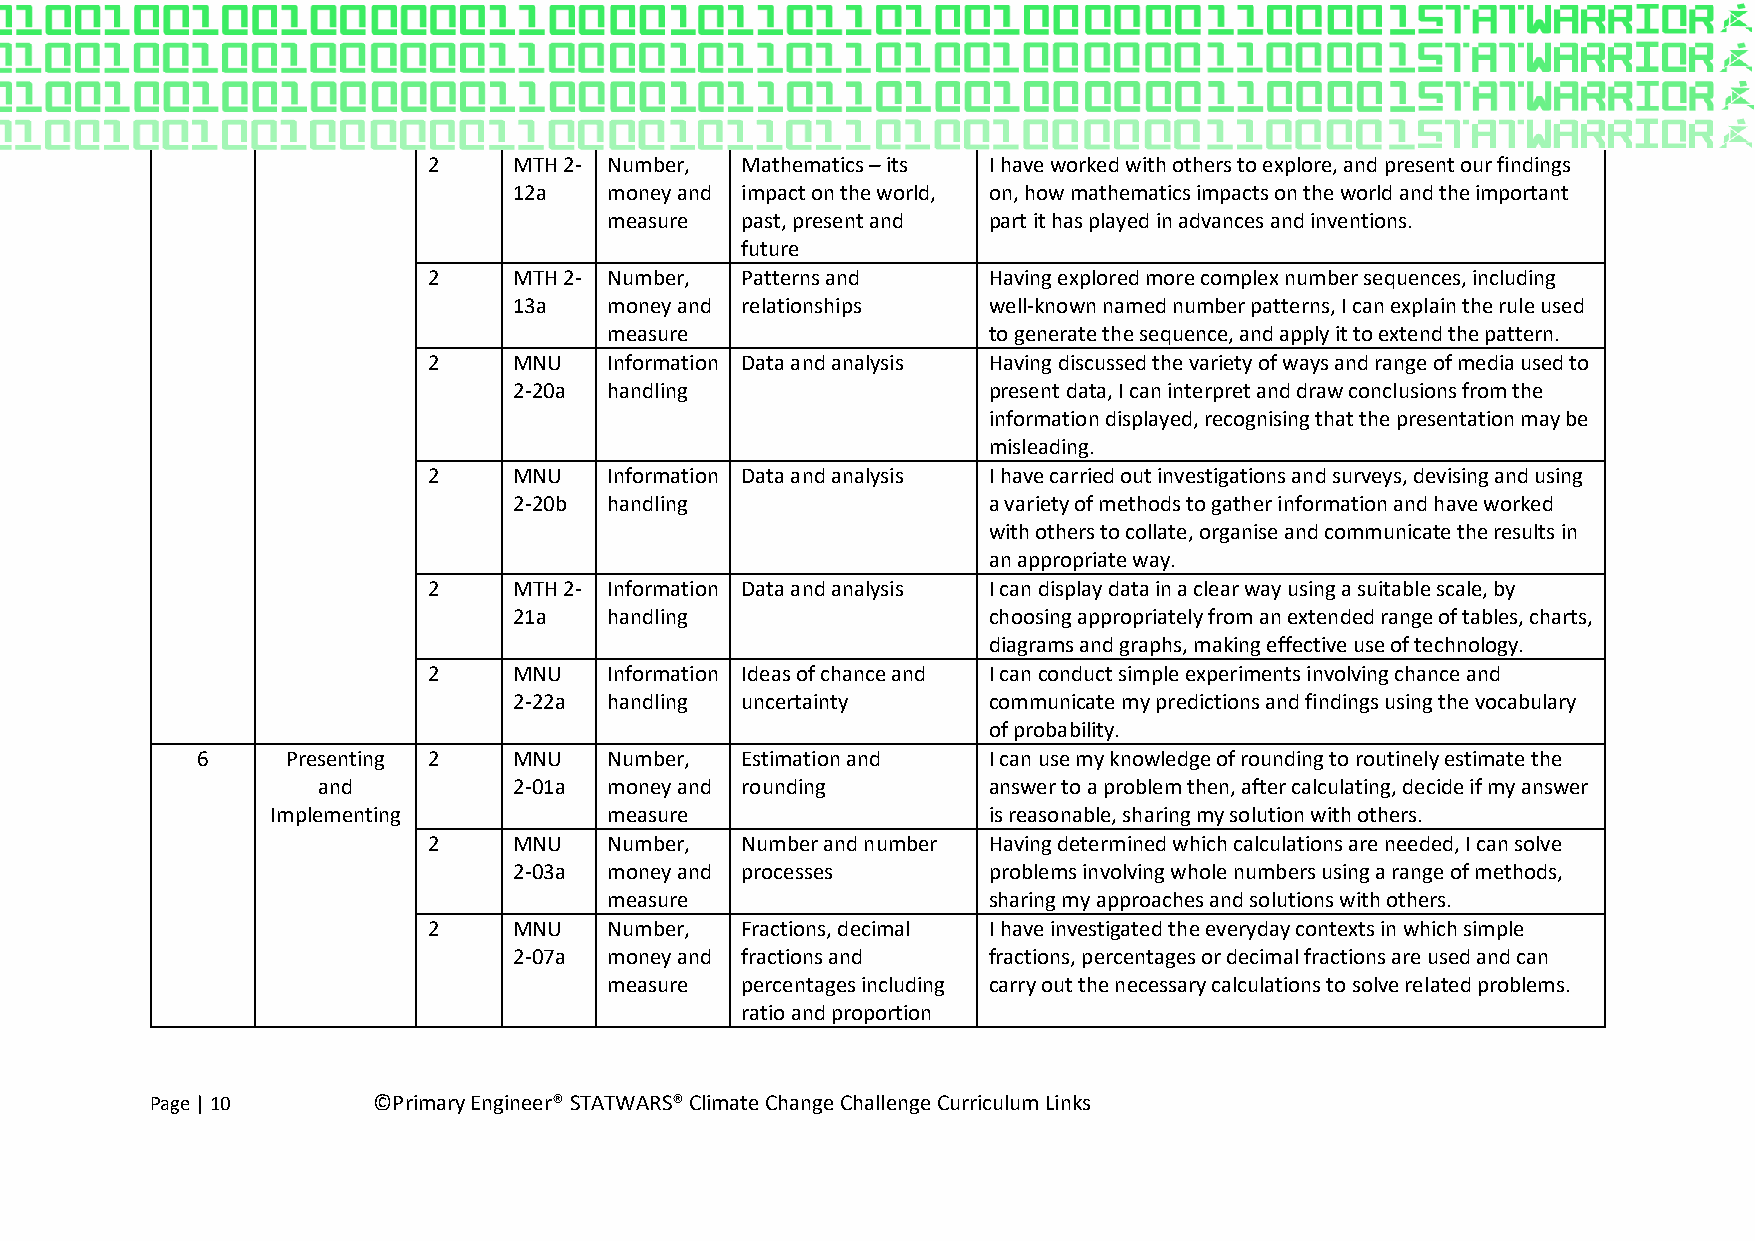
2     MTH 2- Number, Mathematics – its I have worked with others to explore, and present our findings
 12a   money and impact on the world, on, how mathematics impacts on the world and the important
 measure  past, present and part it has played in advances and inventions.
 future
 2     MTH 2- Number, Patterns and    Having explored more complex number sequences, including
 13a   money and relationships  well-known named number patterns, I can explain the rule used
 measure                  to generate the sequence, and apply it to extend the pattern.
 2     MNU   Information Data and analysis Having discussed the variety of ways and range of media used to
 2-20a handling                 present data, I can interpret and draw conclusions from the
 information displayed, recognising that the presentation may be
 misleading.
 2     MNU   Information Data and analysis I have carried out investigations and surveys, devising and using
 2-20b handling                 a variety of methods to gather information and have worked
 with others to collate, organise and communicate the results in
 an appropriate way.
 2     MTH 2- Information Data and analysis I can display data in a clear way using a suitable scale, by
 21a   handling                 choosing appropriately from an extended range of tables, charts,
 diagrams and graphs, making effective use of technology.
 2     MNU   Information Ideas of chance and I can conduct simple experiments involving chance and
 2-22a handling uncertainty     communicate my predictions and findings using the vocabulary
 of probability.
 6     Presenting 2   MNU   Number,  Estimation and  I can use my knowledge of rounding to routinely estimate the
 and          2-01a money and rounding       answer to a problem then, after calculating, decide if my answer
 Implementing          measure                  is reasonable, sharing my solution with others.
 2     MNU   Number,  Number and number Having determined which calculations are needed, I can solve
 2-03a money and processes      problems involving whole numbers using a range of methods,
 measure                  sharing my approaches and solutions with others.
 2     MNU   Number,  Fractions, decimal I have investigated the everyday contexts in which simple
 2-07a money and fractions and  fractions, percentages or decimal fractions are used and can
 measure  percentages including carry out the necessary calculations to solve related problems.
 ratio and proportion
 Page | 10      ©Primary Engineer® STATWARS® Climate Change Challenge Curriculum Links